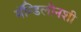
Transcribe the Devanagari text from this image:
मॅन्डिलीनशी